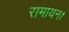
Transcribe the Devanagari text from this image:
रामायन।